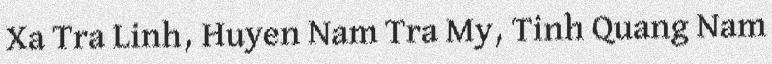
Xa Tra Linh, Huyen Nam Tra My, Tinh Quang Nam